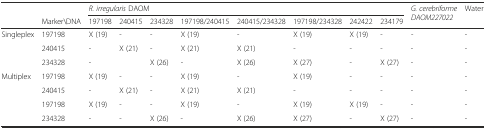
<table><thead><tr><td></td><td></td><td colspan="8"><b><i>R. irregularis</i> DAOM</b></td><td rowspan="2"><b><i>G. cerebriforme DAOM227022</i></b></td><td rowspan="2"><b>Water</b></td></tr><tr><td></td><td><b>Marker\DNA</b></td><td><b>197198</b></td><td><b>240415</b></td><td><b>234328</b></td><td><b>197198/240415</b></td><td><b>240415/234328</b></td><td><b>197198/234328</b></td><td><b>242422</b></td><td><b>234179</b></td></tr></thead><tbody><tr><td rowspan="3">Singleplex</td><td>197198</td><td>X (19)</td><td>-</td><td>-</td><td>X (19)</td><td>-</td><td>X (19)</td><td>X (19)</td><td>-</td><td>-</td><td>-</td></tr><tr><td>240415</td><td>-</td><td>X (21)</td><td>-</td><td>X (21)</td><td>X (21)</td><td>-</td><td>-</td><td>-</td><td>-</td><td>-</td></tr><tr><td>234328</td><td>-</td><td></td><td>X (26)</td><td>-</td><td>X (26)</td><td>X (27)</td><td>-</td><td>X (27)</td><td>-</td><td>-</td></tr><tr><td rowspan="4">Multiplex</td><td>197198</td><td>X (19)</td><td>-</td><td>-</td><td>X (19)</td><td>-</td><td>X (19)</td><td>-</td><td>-</td><td>-</td><td>-</td></tr><tr><td>240415</td><td>-</td><td>X (21)</td><td>-</td><td>X (21)</td><td>X (21)</td><td>-</td><td>-</td><td>-</td><td>-</td><td>-</td></tr><tr><td>197198</td><td>X (19)</td><td>-</td><td>-</td><td>X (19)</td><td>-</td><td>X (19)</td><td>X (19)</td><td>-</td><td>-</td><td>-</td></tr><tr><td>234328</td><td>-</td><td>-</td><td>X (26)</td><td>-</td><td>X (26)</td><td>X (27)</td><td>-</td><td>X (27)</td><td>-</td><td>-</td></tr></tbody></table>